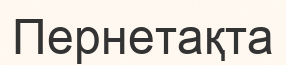
Пернетақта